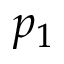
p _ { 1 }